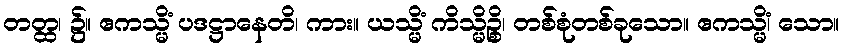
တတ္ထ၊ ၌။ ဧကသ္မိံ ပဒဋ္ဌာနေတိ၊ ကား။ ယသ္မိံ ကိသ္မိဉ္စိ၊ တစ်စုံတစ်ခုသော။ ဧကသ္မိံ၊ သော။